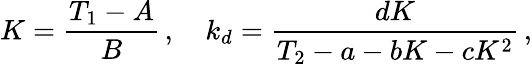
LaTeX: K=\frac{T_{1}-A}{B}\, ,\quad k_{d}=\frac{dK}{T_{2}-a-bK-cK^{2}}\, ,